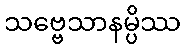
သဗ္ဗေသာနမ္ပိဿ